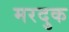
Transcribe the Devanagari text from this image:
मरदुक